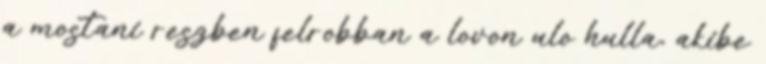
a mostani reszben felrobban a lovon ulo hulla, akibe